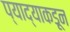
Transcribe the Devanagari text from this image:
प्याद्याकडून